65_HS1-834228961_62-HQ-83894_Section_9
Agency: FBI
Page 159
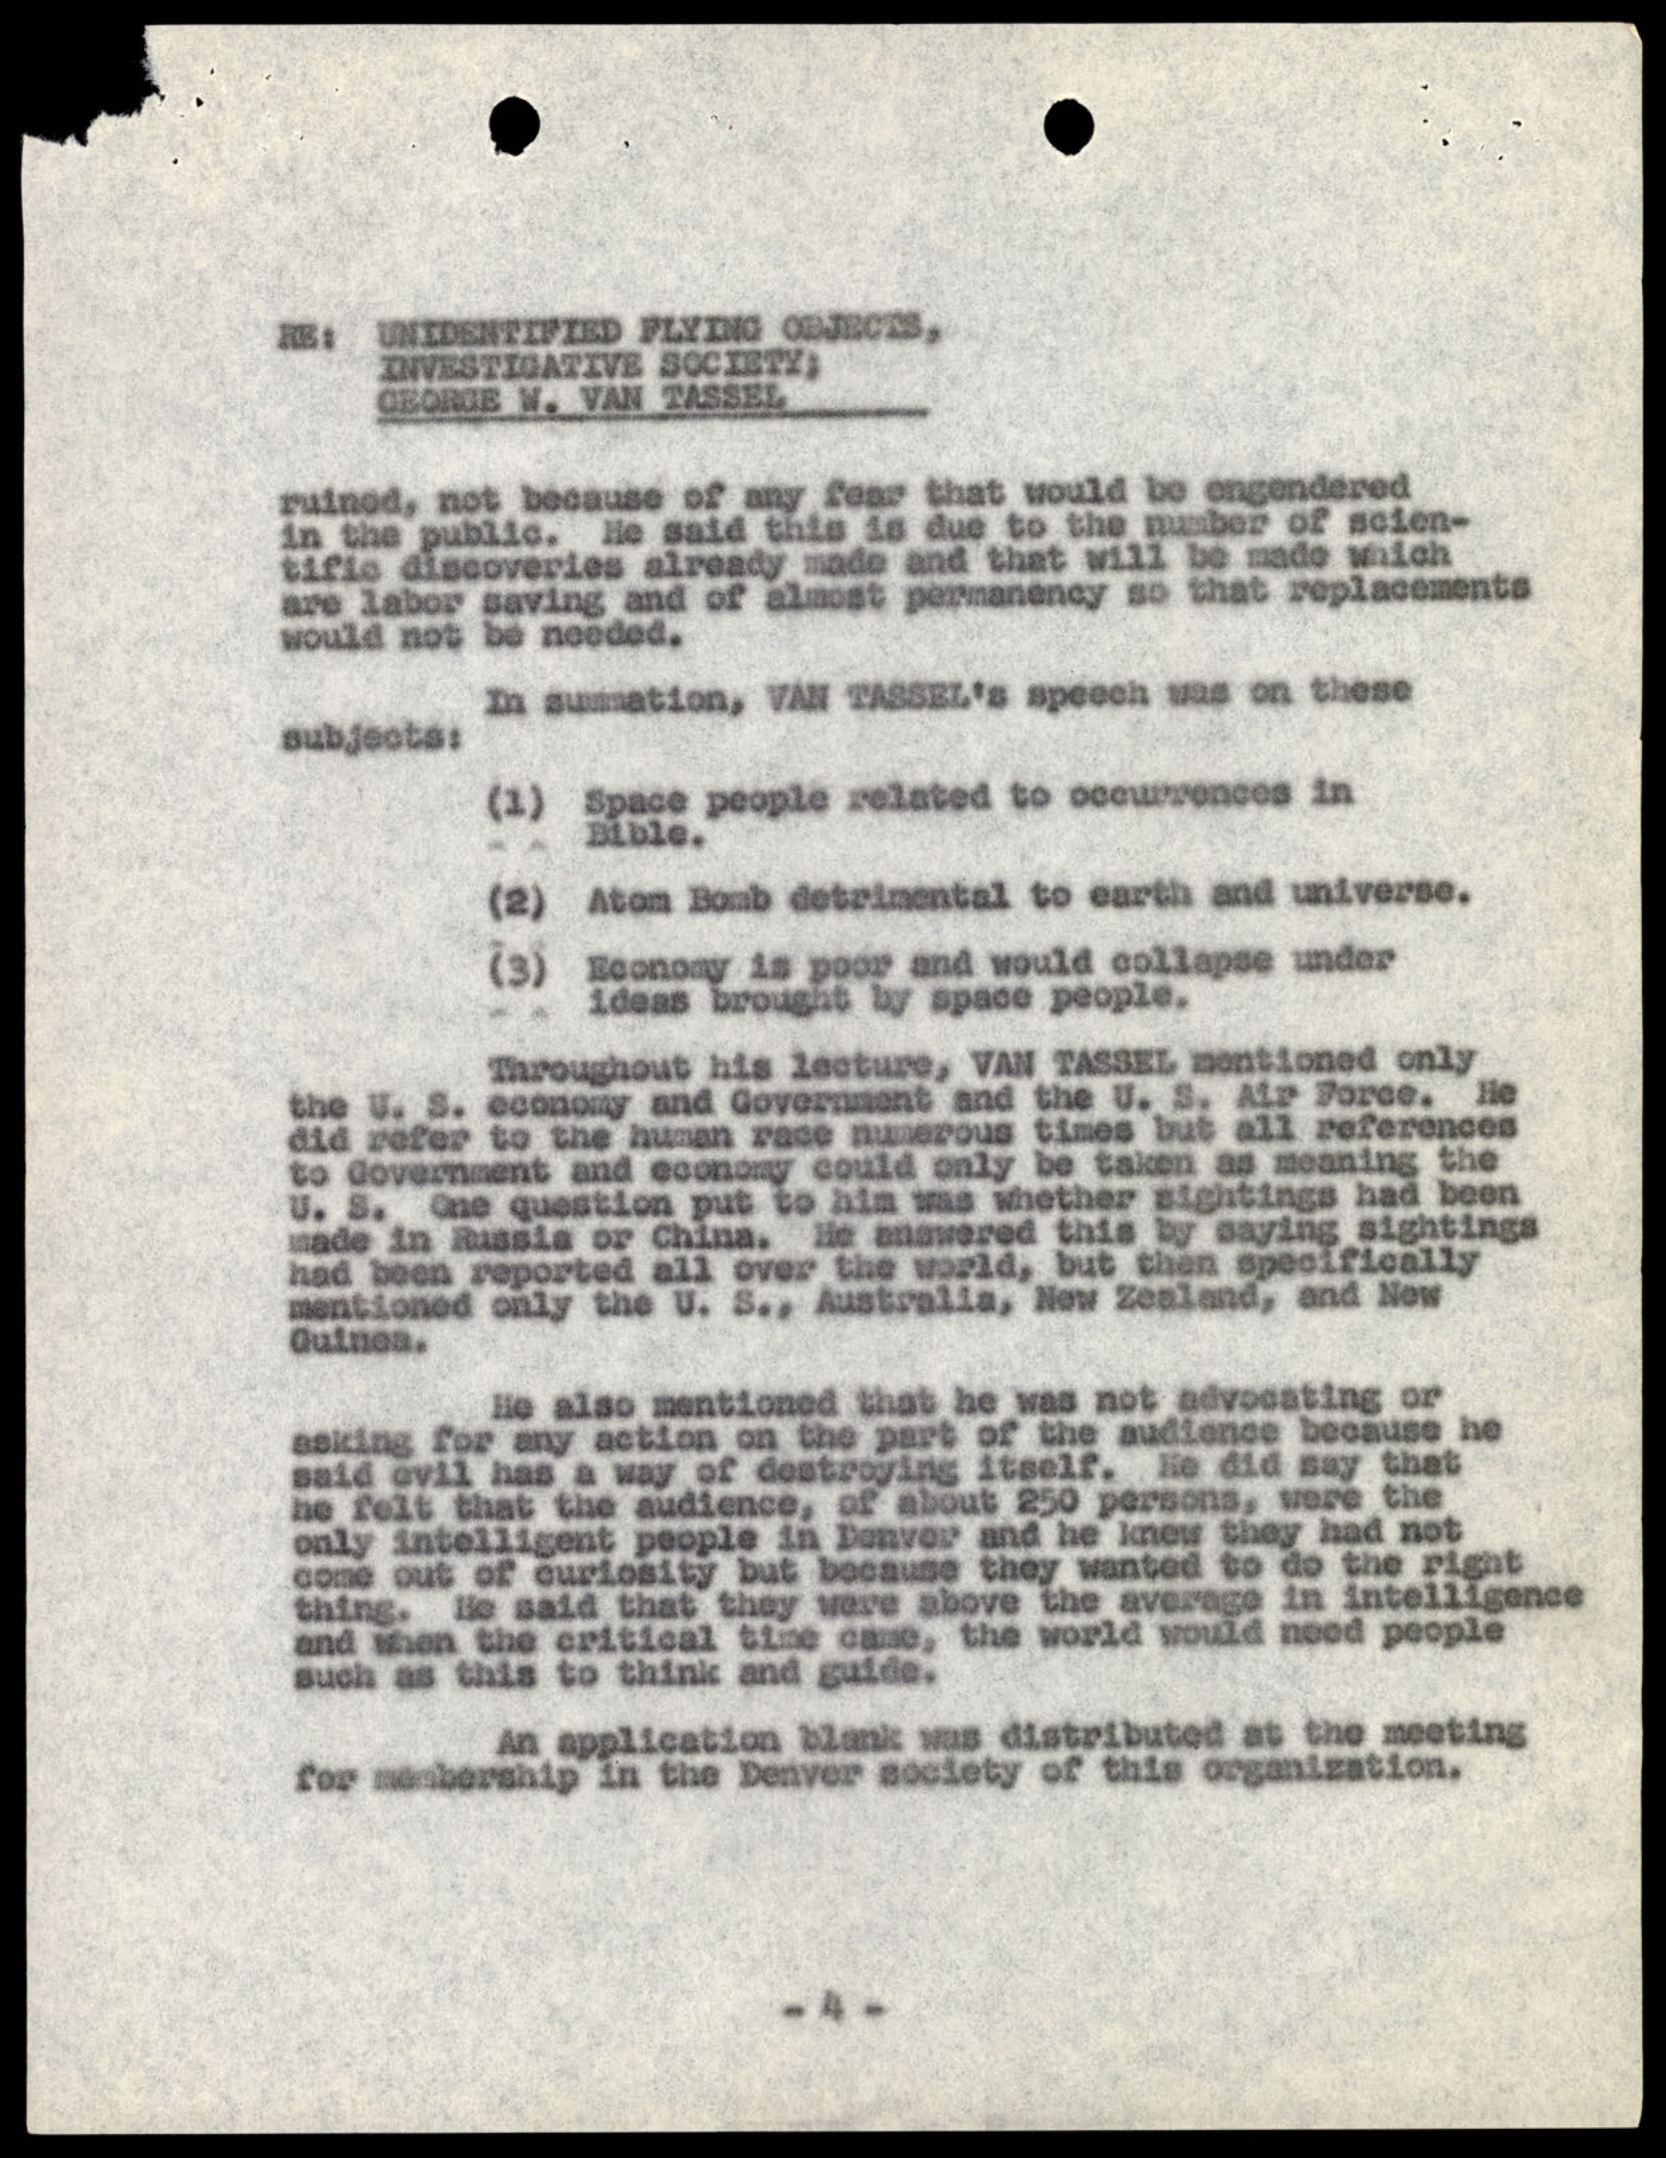